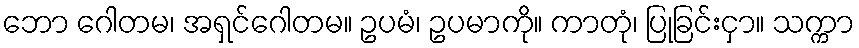
ဘော ဂေါတမ၊ အရှင်ဂေါတမ။ ဥပမံ၊ ဥပမာကို။ ကာတုံ၊ ပြုခြင်းငှာ။ သက္ကာ